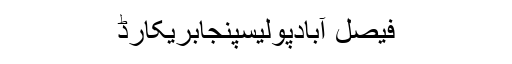
فیصل آبادپولیسپنجابریکارڈ